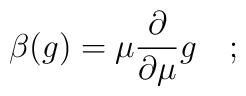
\beta (g) = \mu {\partial\over\partial\mu}g \quad ;